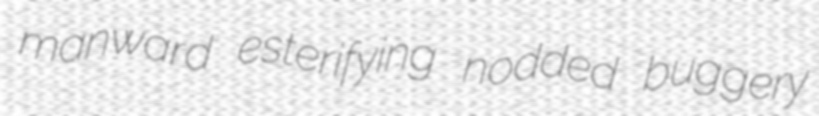
manward esterifying nodded buggery